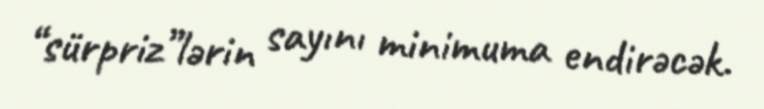
“sürpriz”lərin sayını minimuma endirəcək.